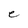
Character: e